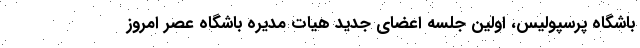
باشگاه پرسپولیس، اولین جلسه اعضای جدید هیات مدیره باشگاه عصر امروز